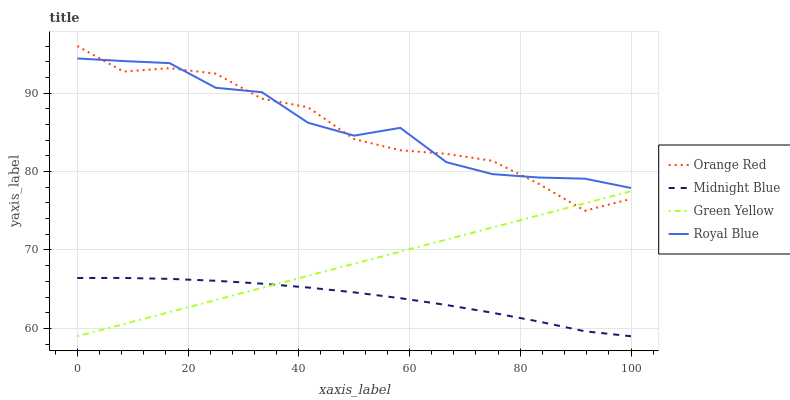
| xaxis_label | Orange Red | Midnight Blue | Green Yellow | Royal Blue |
 | --- | --- | --- | --- | --- |
 | 0 | 96 | 66.4 | 59 | 94.4 |
 | 8.33 | 92.7 | 66.4 | 60.5 | 94.1 |
 | 16.7 | 93.2 | 66.3 | 62.1 | 93.8 |
 | 25 | 92.5 | 66.1 | 63.6 | 90.7 |
 | 33.3 | 89.3 | 65.7 | 65.2 | 90.1 |
 | 41.7 | 88.2 | 65.2 | 66.7 | 86.2 |
 | 50 | 84.1 | 64.6 | 68.2 | 84.6 |
 | 58.3 | 82.7 | 63.9 | 69.8 | 85.6 |
 | 66.7 | 82.3 | 63 | 71.3 | 81.2 |
 | 75 | 81.4 | 62 | 72.9 | 79.7 |
 | 83.3 | 78.4 | 60.9 | 74.4 | 79.2 |
 | 91.7 | 75 | 59.6 | 75.9 | 79.1 |
 | 100 | 76.5 | 59 | 77.5 | 77.9 |